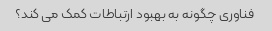
فناوری چگونه به بهبود ارتباطات کمک می کند؟